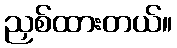
ညှစ်ထားတယ်။